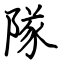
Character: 隊